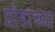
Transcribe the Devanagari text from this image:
घोडाच्या